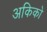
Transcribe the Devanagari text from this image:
अकिको